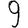
Digit: 9